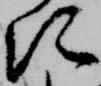
次